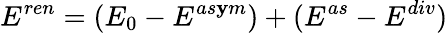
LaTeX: E^{ren}=(E_{0}-E^{as\mathbf{y}m})+(E^{as}-E^{div})